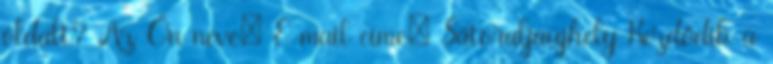
oldalt? Az Ön neve: E-mail címe: Sátoraljaújhely Kezdődik a